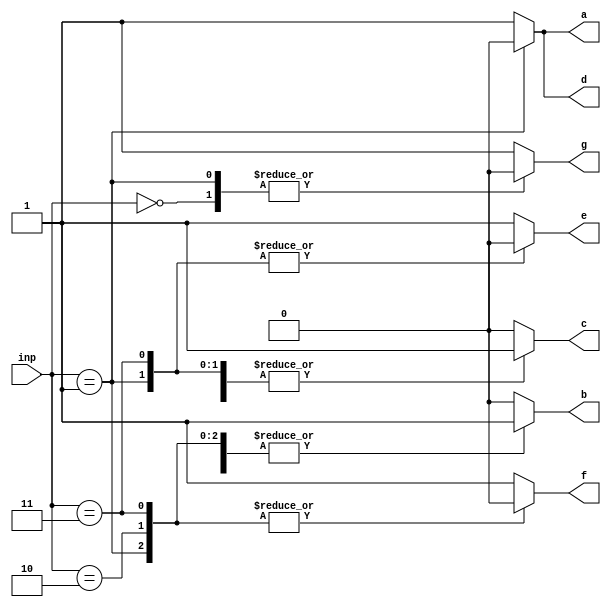
module seven(inp, a, b, c, d, e, f, g);
input [2:0] inp;
output a, b, c, d, e, f, g;

wire [2:0] inp;
reg a, b, c, d, e, f, g;

always @(inp) begin
  case (inp)
    3'b000: begin
      a <= 1;
      b <= 1;
      c <= 1;
      d <= 1;
      e <= 1;
      f <= 1;
      g <= 0;
    end
    3'b001: begin
      a <= 0;
      b <= 1;
      c <= 1;
      d <= 0;
      e <= 0;
      f <= 0;
      g <= 0;
    end
    3'b010: begin
      a <= 1;
      b <= 1;
      c <= 0;
      d <= 1;
      e <= 1;
      f <= 0;
      g <= 1;
    end
    3'b011: begin
      a <= 1;
      b <= 1;
      c <= 1;
      d <= 1;
      e <= 0;
      f <= 0;
      g <= 1;
    end
    default: begin
      a <= 1;
      b <= 0;
      c <= 0;
      d <= 1;
      e <= 1;
      f <= 1;
      g <= 1;
    end
  endcase
end

endmodule